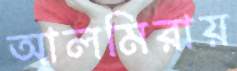
আলমিরায়